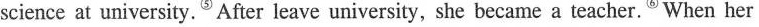
science at university.^{⑤}After leave university, she became a teacher.^{⑥}When her